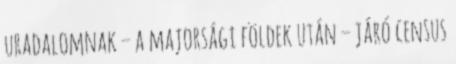
uradalomnak – a majorsági földek után – járó census